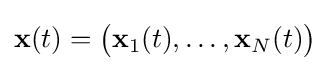
\mathbf {x} (t)={\bigl (}\mathbf {x} _{1}(t),\ldots ,\mathbf {x} _{N}(t){\bigr )}